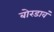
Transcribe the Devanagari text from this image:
बोरडावं